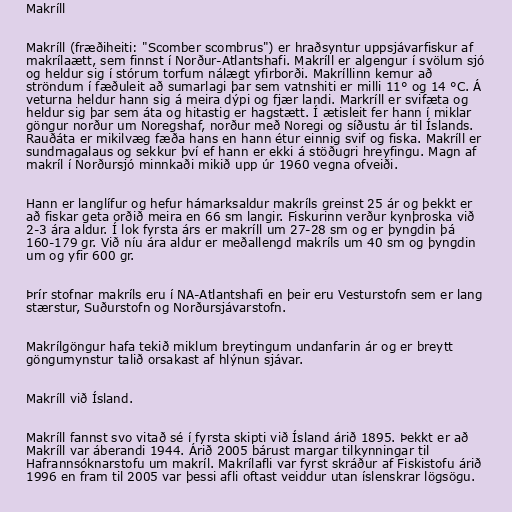
Makríll

Makríll (fræðiheiti: "Scomber scombrus") er hraðsyntur uppsjávarfiskur af
makrílaætt, sem finnst í Norður-Atlantshafi. Makríll er algengur í svölum sjó
og heldur sig í stórum torfum nálægt yfirborði. Makríllinn kemur að
ströndum í fæðuleit að sumarlagi þar sem vatnshiti er milli 11° og 14 °C. Á
veturna heldur hann sig á meira dýpi og fjær landi. Markríll er svifæta og
heldur sig þar sem áta og hitastig er hagstætt. Í ætisleit fer hann í miklar
göngur norður um Noregshaf, norður með Noregi og síðustu ár til Íslands.
Rauðáta er mikilvæg fæða hans en hann étur einnig svif og fiska. Makríll er
sundmagalaus og sekkur því ef hann er ekki á stöðugri hreyfingu. Magn af
makríl í Norðursjó minnkaði mikið upp úr 1960 vegna ofveiði.

Hann er langlífur og hefur hámarksaldur makríls greinst 25 ár og þekkt er
að fiskar geta orðið meira en 66 sm langir. Fiskurinn verður kynþroska við
2-3 ára aldur. Í lok fyrsta árs er makríll um 27-28 sm og er þyngdin þá
160-179 gr. Við níu ára aldur er meðallengd makríls um 40 sm og þyngdin
um og yfir 600 gr.

Þrír stofnar makríls eru í NA-Atlantshafi en þeir eru Vesturstofn sem er lang
stærstur, Suðurstofn og Norðursjávarstofn.

Makrílgöngur hafa tekið miklum breytingum undanfarin ár og er breytt
göngumynstur talið orsakast af hlýnun sjávar.

Makríll við Ísland.

Makríll fannst svo vitað sé í fyrsta skipti við Ísland árið 1895. Þekkt er að
Makríll var áberandi 1944. Árið 2005 bárust margar tilkynningar til
Hafrannsóknarstofu um makríl. Makrílafli var fyrst skráður af Fiskistofu árið
1996 en fram til 2005 var þessi afli oftast veiddur utan íslenskrar lögsögu.